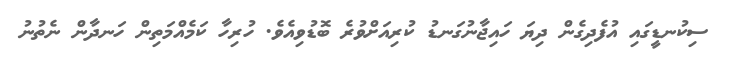
ސިކުނޑީގައި އުފެދިގެން ދިޔަ ހައިޖާނުގަނޑު ކުރިއަށްވުރެ ބޮޑުވިއެވެ. ހުރިހާ ކަމެއްމަތިން ހަނދާން ނެތުނު